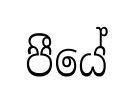
පීයේ